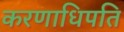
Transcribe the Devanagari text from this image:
करणाधिपति